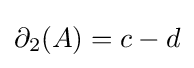
\partial _{2}(A)=c-d